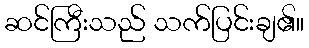
ဆင်ကြီးသည် သက်ပြင်းချ၏။